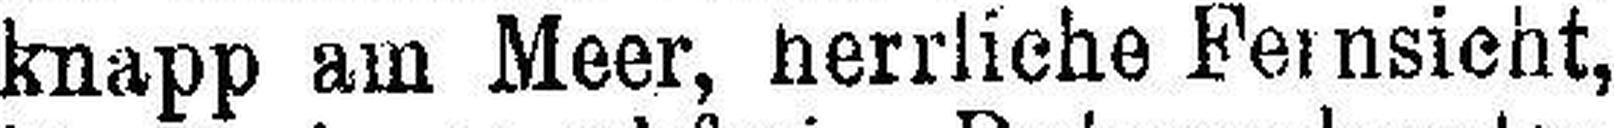
knapp am Meer, herrliche Feinsicht,